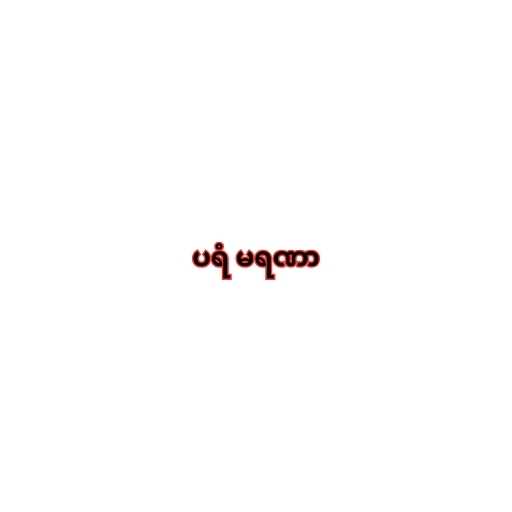
ပရံ မရဏာ